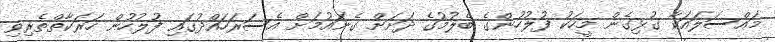
މައްސަލައަކާ ގުޅިގެން މީހަކު ފުލުހުންގެ ބެލުމުގެ ދަށަށް ގެނައުމަށް އެސަރަހައްދުގައި ފުލުހުން ހަރަކާތްތެރިވި